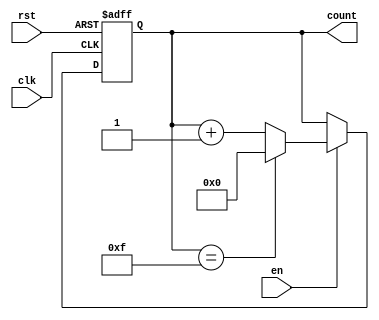
module multi_bit_counter #(
    parameter N = 4  // Parameter for bit width, can be modified as needed
)(
    input wire clk,     // Clock input
    input wire rst,     // Asynchronous reset input
    input wire en,      // Enable input
    output reg [N-1:0] count  // N-bit output for the counter value
);

// Counter logic
always @(posedge clk or posedge rst) begin
    if (rst) begin
        count <= 0;  // Reset the counter to 0
    end else if (en) begin
        if (count == (2**N - 1)) begin
            count <= 0;  // Wrap around if the maximum value is reached
        end else begin
            count <= count + 1;  // Increment the counter
        end
    end
end

endmodule